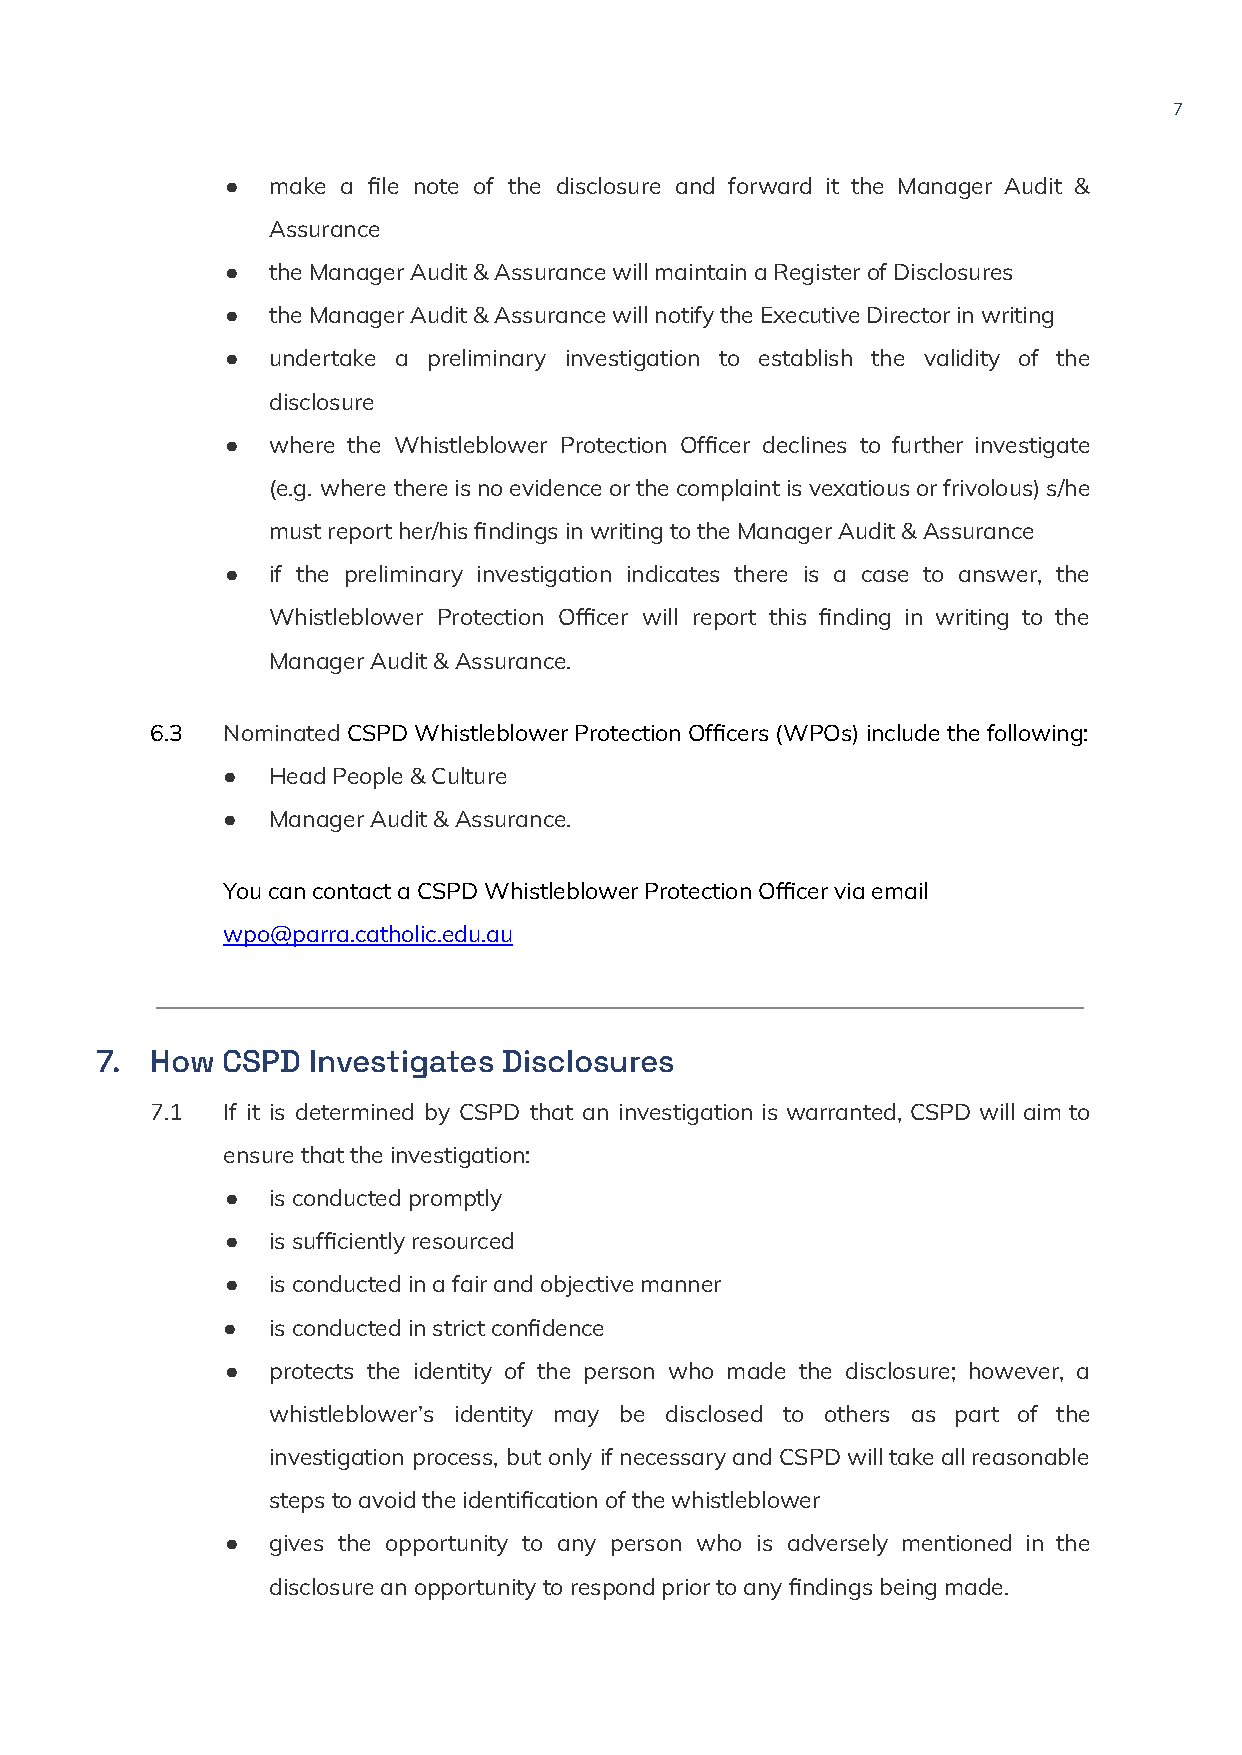
7
 ●  make a file note of the disclosure and forward it the Manager Audit &
 Assurance
 ●  theManagerAudit&AssurancewillmaintainaRegisterofDisclosures
 ●  theManagerAudit&AssurancewillnotifytheExecutiveDirectorinwriting
 ●  undertake a preliminary investigation to establish the validity of the
 disclosure
 ●  where the Whistleblower Protection Officer declines to further investigate
 (e.g. where thereisnoevidenceorthecomplaintisvexatiousorfrivolous)s/he
 mustreporther/hisfindingsinwritingtotheManagerAudit&Assurance
 ●  if the preliminary investigation indicates there is a case to answer, the
 Whistleblower Protection Officer will report this finding in writing to the
 ManagerAudit&Assurance.
 6.3  NominatedCSPDWhistleblowerProtectionOfficers(WPOs)includethefollowing:
 ●  HeadPeople&Culture
 ●  ManagerAudit&Assurance.
 YoucancontactaCSPDWhistleblowerProtectionOfficerviaemail
 wpo@parra.catholic.edu.au
 7.  How  CSPD Investigates Disclosures
 7.1  If it is determined by CSPD that an investigation is warranted, CSPD will aim to
 ensurethattheinvestigation:
 ●  isconductedpromptly
 ●  issufficientlyresourced
 ●  isconductedinafairandobjectivemanner
 ●  isconductedinstrictconfidence
 ●  protects the identity of the person who made the disclosure; however, a
 whistleblower’s identity may be disclosed to others as part of the
 investigation process, but only ifnecessaryandCSPDwilltakeallreasonable
 stepstoavoidtheidentificationofthewhistleblower
 ●  gives the opportunity to any person who is adversely mentioned in the
 disclosureanopportunitytorespondpriortoanyfindingsbeingmade.